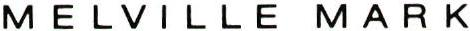
MELVILLEMARK